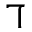
\daleth